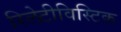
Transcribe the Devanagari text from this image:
रिलेटीविस्टिक